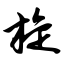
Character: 旋